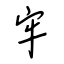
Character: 牢